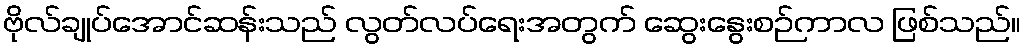
ဗိုလ်ချုပ်အောင်ဆန်းသည် လွတ်လပ်ရေးအတွက် ဆွေးနွေးစဉ်ကာလ ဖြစ်သည်။